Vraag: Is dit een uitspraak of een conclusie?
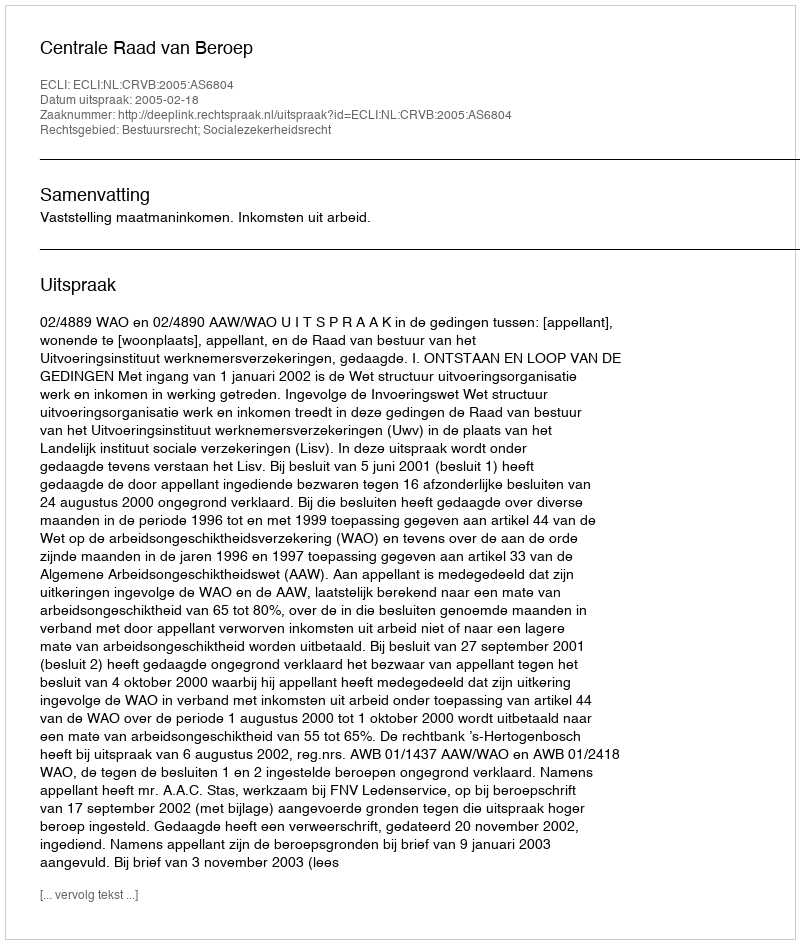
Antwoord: Uitspraak